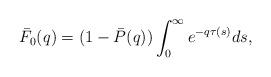
LaTeX: \begin{align*}\bar F_0(q)= (1-\bar P(q))\int_0^\infty e^{-q\tau(s)}ds,\end{align*}